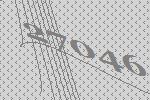
27046